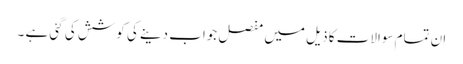
ان تمام سوالات کا ذیل میں مفصل جواب دینے کی کوشش کی گئی ہے ۔